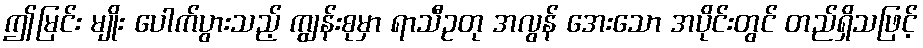
ဤမြင်း မျိုး ပေါက်ပွားသည့် ကျွန်းစုမှာ ရာသီဥတု အလွန် အေးသော အပိုင်းတွင် တည်ရှိသဖြင့်